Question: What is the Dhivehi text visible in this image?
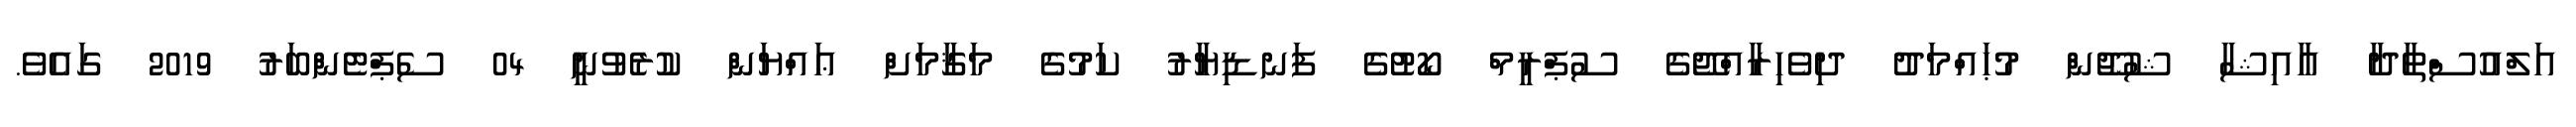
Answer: އަލްއުސްތާޛާ ޢާއިޝާ ޝުޖޫން މުޙައްމަދު ދިވެހިރާއްޖޭގެ ސުޕްރީމް ކޯޓުގެ ފަނޑިޔާރު ކަމުގެ މަޤާމަށް ޢައްޔަން ކުރެވުނީ 04 ސެޕްޓެންބަރު 2019 ގައެވެ.